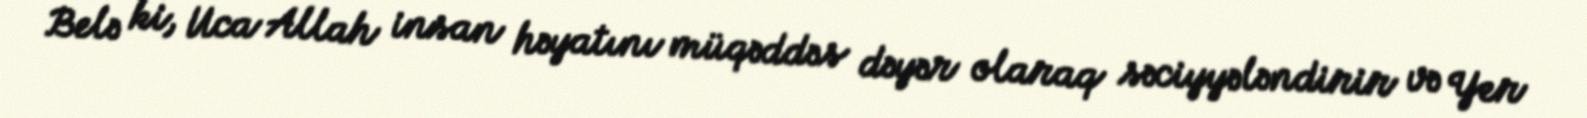
Belə ki, Uca Allah insan həyatını müqəddəs dəyər olaraq səciyyələndirir və Yer